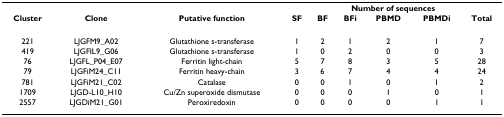
<table><thead><tr><td></td><td></td><td></td><td colspan="6"><b>Number of sequences</b></td></tr><tr><td><b>Cluster</b></td><td><b>Clone</b></td><td><b>Putative function</b></td><td><b>SF</b></td><td><b>BF</b></td><td><b>BFi</b></td><td><b>PBMD</b></td><td><b>PBMDi</b></td><td><b>Total</b></td></tr></thead><tbody><tr><td>221</td><td>LJGFM9_A02</td><td>Glutathione s-transferase</td><td>1</td><td>2</td><td>1</td><td>2</td><td>1</td><td>7</td></tr><tr><td>419</td><td>LJGFIL9_G06</td><td>Glutathione s-transferase</td><td>1</td><td>0</td><td>2</td><td>0</td><td>0</td><td>3</td></tr><tr><td>76</td><td>LJGFL_P04_E07</td><td>Ferritin light-chain</td><td>5</td><td>7</td><td>8</td><td>3</td><td>5</td><td>28</td></tr><tr><td>79</td><td>LJGFiM24_C11</td><td>Ferritin heavy-chain</td><td>3</td><td>6</td><td>7</td><td>4</td><td>4</td><td>24</td></tr><tr><td>781</td><td>LJGFiM21_C02</td><td>Catalase</td><td>0</td><td>0</td><td>1</td><td>0</td><td>1</td><td>2</td></tr><tr><td>1709</td><td>LJGD-L10_H10</td><td>Cu/Zn superoxide dismutase</td><td>0</td><td>0</td><td>0</td><td>1</td><td>0</td><td>1</td></tr><tr><td>2557</td><td>LJGDiM21_G01</td><td>Peroxiredoxin</td><td>0</td><td>0</td><td>0</td><td>0</td><td>1</td><td>1</td></tr></tbody></table>